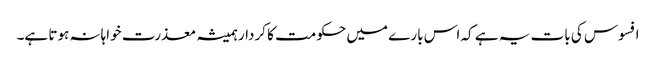
افسوس کی بات یہ ہے کہ اس بارے میں حکومت کا کردار ہمیشہ معذرت خواہانہ ہوتا ہے۔